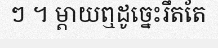
ៗ ។ ម្តាយឮដូច្នេះរឹតតែ